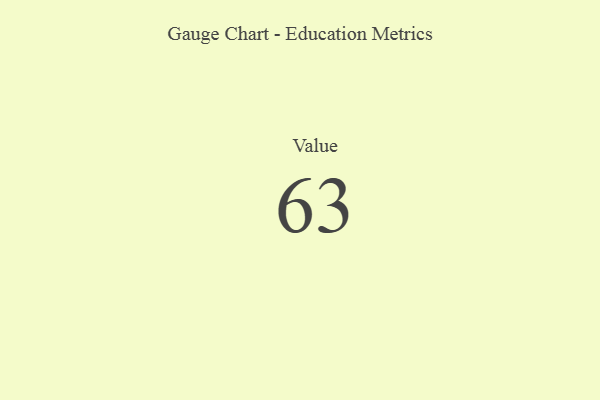
{"axis": {"x": "Metric", "y": "Value"}, "legend": [""], "data": [{"x": "Value", "y": 63, "type": ""}]}